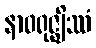
နာဝရုဇ္ဈိဿံ